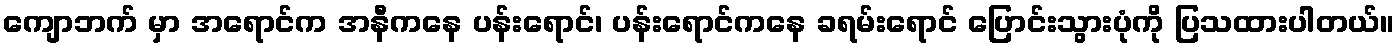
ကျောဘက် မှာ အရောင်က အနီကနေ ပန်းရောင်၊ ပန်းရောင်ကနေ ခရမ်းရောင် ပြောင်းသွားပုံကို ပြသထားပါတယ်။